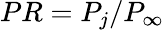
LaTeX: PR=P_{j}/P_{\infty}